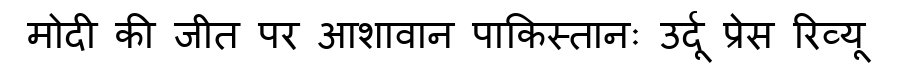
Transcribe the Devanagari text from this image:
मोदी की जीत पर आशावान पाकिस्तानः उर्दू प्रेस रिव्यू